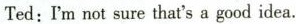
Ted:I'm not sure that's a good idea.